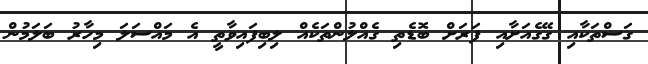
ގަސްތަކާއި ގޭގެއަށާއި ފަރަށް ބޮޑެތި ގެއްލުންތަކެއް ލިބިފައިވާތީ އެ މައްސަލަ މިހާރު ބަލަމުން